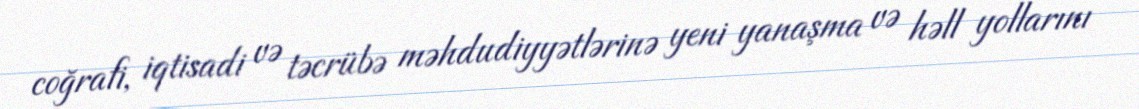
coğrafi, iqtisadi və təcrübə məhdudiyyətlərinə yeni yanaşma və həll yollarını